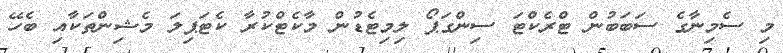
މި ސެމިނާގެ ސަބަބުން ޓްރެކްޓަ ސިންގަޕޯ ލިމިޓެޑުން މާކެޓްކުރާ ކެޓަޕިލަ މެޝިންތަކާއި ބެހޭ